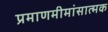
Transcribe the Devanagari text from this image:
प्रमाणमीमांसात्मक